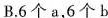
B.6个a，6个b